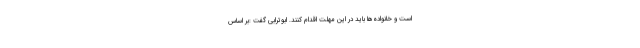
است و خانواده‌ها باید در این مهلت اقدام کنند. ابوترابی گفت :بر اساس